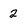
Character: 2